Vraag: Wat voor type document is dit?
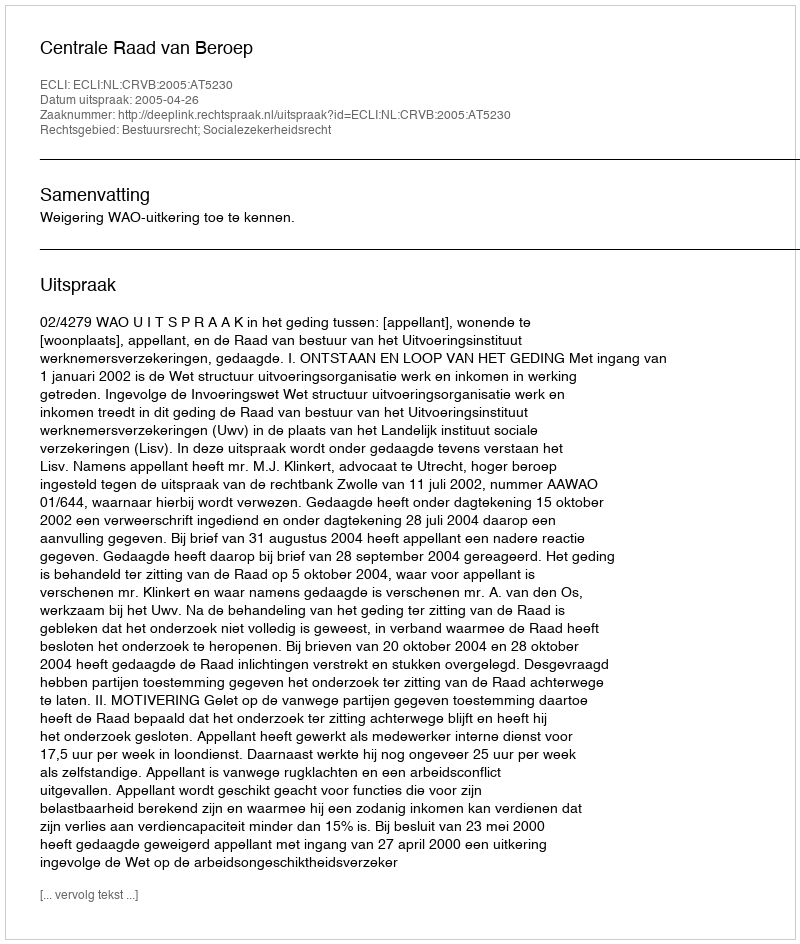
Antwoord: Uitspraak